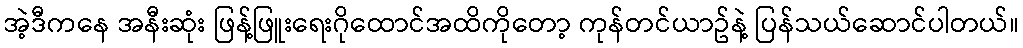
အဲ့ဒီကနေ အနီးဆုံး ဖြန့်ဖြူးရေးဂိုထောင်အထိကိုတော့ ကုန်တင်ယာဥ်နဲ့ ပြန်သယ်ဆောင်ပါတယ်။